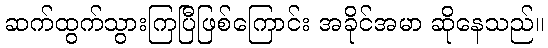
ဆက်ထွက်သွားကြပြီဖြစ်ကြောင်း အခိုင်အမာ ဆိုနေသည်။